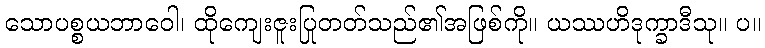
သောပစ္စယဘာဝေါ၊ ထိုကျေးဇူးပြုတတ်သည်၏အဖြစ်ကို။ ယဿဟိဒုက္ခာဒီသု။ ပ။